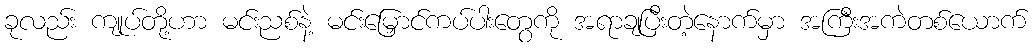
ခုလည်း ကျုပ်တို့ဟာ မင်းညစ်နဲ့ မင်းမြှောင်ကပ်ပါးတွေကို အရာချပြီးတဲ့နောက်မှာ အကြီးအကဲတစ်ယောက်